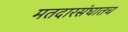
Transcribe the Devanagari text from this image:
मतदारसंघातच